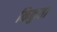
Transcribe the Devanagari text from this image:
किकुता